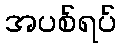
အပစ်ရပ်